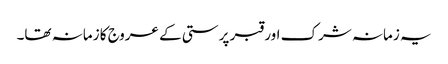
یہ زمانہ شرک اور قبر پرستی کے عروج کا زمانہ تھا۔